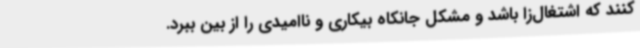
کنند که اشتغال‌زا باشد و مشکل جانکاه بیکاری و ناامیدی را از بین ببرد.